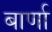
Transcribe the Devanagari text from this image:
बार्णा